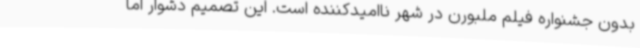
بدون جشنواره فیلم ملبورن در شهر ناامیدکننده است. این تصمیم دشوار اما